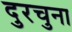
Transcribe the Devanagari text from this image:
दुरचुना